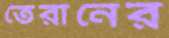
তেরানের